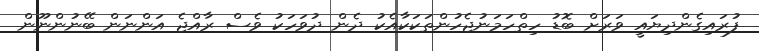
ފުރައިގެންދިޔައީ ވަރަށް ބޮޑު ހިތްހަމަނުޖެހުންތަކަކާއެކު ދެން ދުވަހަކު ވެސް ރާއްޖެ އަންނަން ބޭނުންނޫން